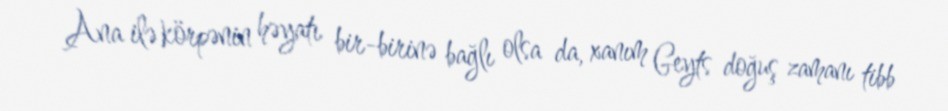
Ana ilə körpənin həyatı bir-birinə bağlı olsa da, xanım Geyts doğuş zamanı tibb